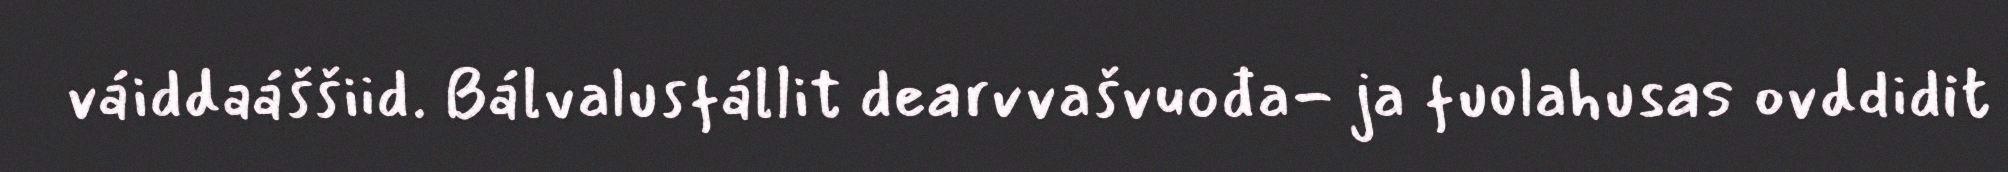
váiddaáššiid. Bálvalusfállit dearvvašvuođa- ja fuolahusas ovddidit